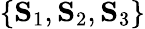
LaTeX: \{ \mathbf{S}_{1},\mathbf{S}_{2},\mathbf{S}_{3}\}